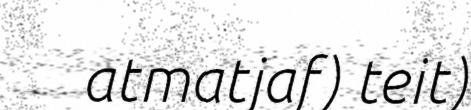
atmatjaf) teit)